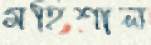
মহিশাল